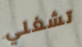
تشغلي